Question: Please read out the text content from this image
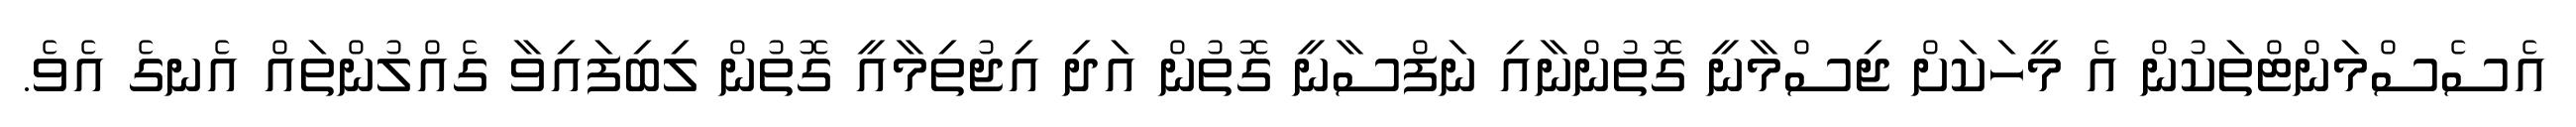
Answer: އެސެސްމަންޓްތަކުން އެ މީހަކަށް ޖިސްމާނީ ގޮތުންނާއި ނަފްސާނީ ގޮތުން އަދި އިޖުތިމާއީ ގޮތުން ލިބިފައިވާ ގެއްލުންތައް އެނގެ އެވެ.